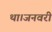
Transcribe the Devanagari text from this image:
था।जनवरी